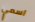
اسمي